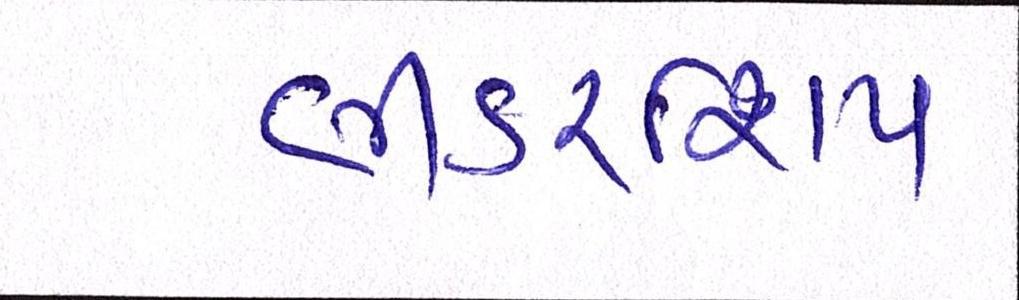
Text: લીડરશિપ